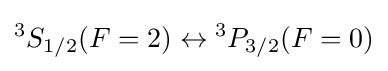
{}^{3}S_{1/2}(F=2)\leftrightarrow {}^{3}P_{3/2}(F=0)